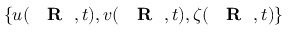
\{ u ( \mathrm { ~ { ~ \bf ~ R ~ } ~ } , t ) , v ( \mathrm { ~ { ~ \bf ~ R ~ } ~ } , t ) , \zeta ( \mathrm { ~ { ~ \bf ~ R ~ } ~ } , t ) \}